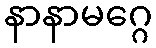
နာနာမဂ္ဂေ